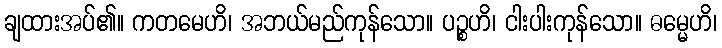
ချထားအပ်၏။ ကတမေဟိ၊ အဘယ်မည်ကုန်သော။ ပဉ္စဟိ၊ ငါးပါးကုန်သော။ ဓမ္မေဟိ၊